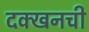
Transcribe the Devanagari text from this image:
दक्खनची